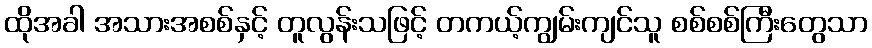
ထိုအခါ အသားအစစ်နှင့် တူလွန်းသဖြင့် တကယ့်ကျွမ်းကျင်သူ စစ်စစ်ကြီးတွေသာ